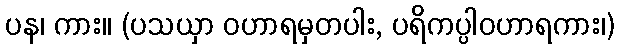
ပန၊ ကား။ (ပသယှာ ဝဟာရမှတပါး, ပရိကပ္ပါဝဟာရကား၊)